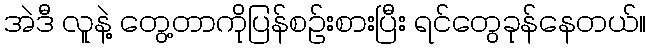
အဲဒီ လူနဲ့ တွေ့တာကိုပြန်စဉ်းစားပြီး ရင်တွေခုန်နေတယ်။